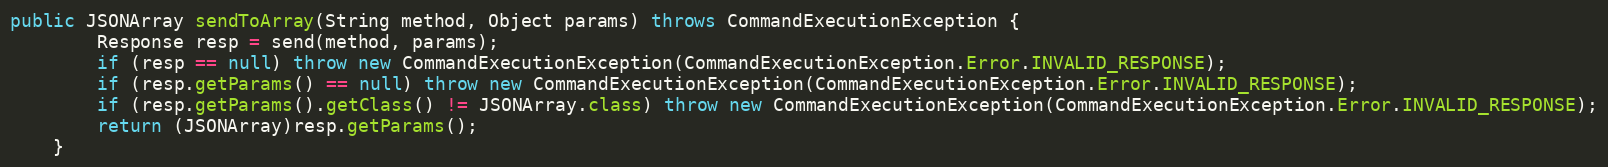
Language: Java
public JSONArray sendToArray(String method, Object params) throws CommandExecutionException {
        Response resp = send(method, params);
        if (resp == null) throw new CommandExecutionException(CommandExecutionException.Error.INVALID_RESPONSE);
        if (resp.getParams() == null) throw new CommandExecutionException(CommandExecutionException.Error.INVALID_RESPONSE);
        if (resp.getParams().getClass() != JSONArray.class) throw new CommandExecutionException(CommandExecutionException.Error.INVALID_RESPONSE);
        return (JSONArray)resp.getParams();
    }